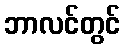
ဘာလင်တွင်